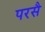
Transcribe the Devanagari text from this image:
परसै